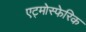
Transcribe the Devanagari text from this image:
एट्मोस्फेरिक